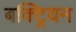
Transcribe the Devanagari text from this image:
बक्ट्रियन